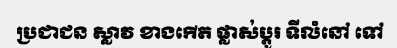
ប្រជាជន ស្លាវ ខាងកើត ផ្លាស់ប្តូរ ទីលំនៅ ទៅ